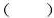
（）